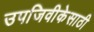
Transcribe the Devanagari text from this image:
उपजिवीकेसाठी